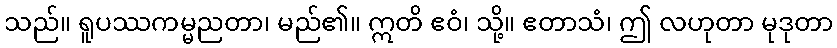
သည်။ ရူပဿကမ္မညတာ၊ မည်၏။ ဣတိ ဧဝံ၊ သို့။ ဧတာသံ၊ ဤ လဟုတာ မုဒုတာ